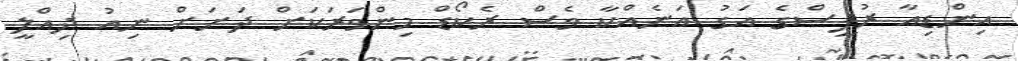
އިންޑިއާ ރުޕީސްގެ އަގު އަނެއްކާ ވެސް ރެކޯޑް މިންވަރަކަށް ދަށަށް ނިއު ދިއްލީ